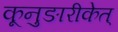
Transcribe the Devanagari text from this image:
कूनुङारीकेत्